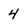
Character: 4